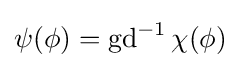
\psi (\phi )=\operatorname {gd} ^{-1}\chi (\phi )